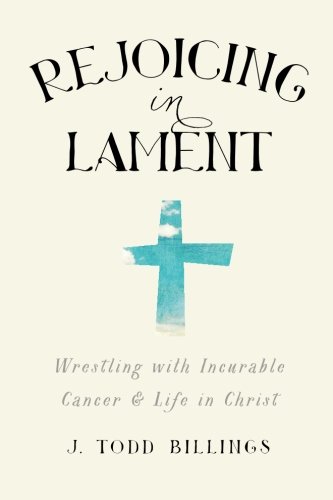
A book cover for Rejoicing in Lament: Wrestling with Incurable Cancer and Life in Christ; J. Todd Billings; Health, Fitness & Dieting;